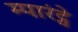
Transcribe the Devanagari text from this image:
म्पारंट्वे